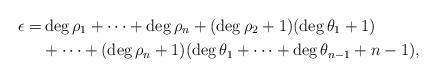
LaTeX: \begin{align*} \epsilon = &\deg \rho_{1} + \dots + \deg \rho_{n} + (\deg \rho_{2} + 1) (\deg \theta_{1} + 1) \\ &+ \dots + (\deg \rho_{n} + 1) (\deg \theta_{1} + \dots + \deg \theta_{n-1} + n - 1),\end{align*}